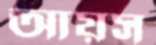
আয়স